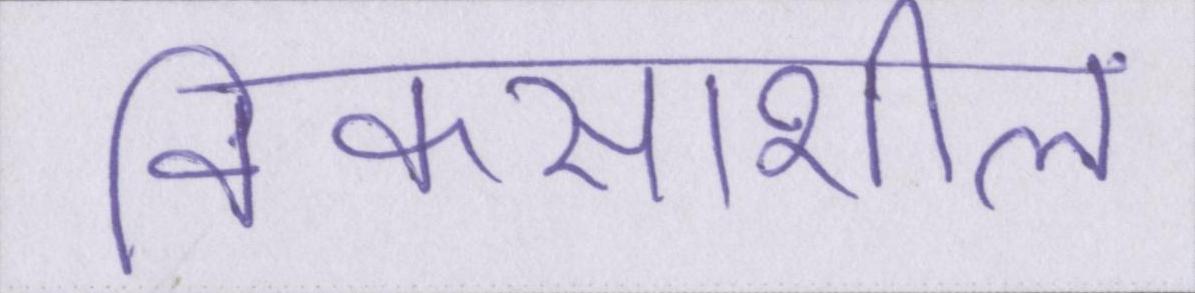
विकसाशील